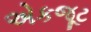
એકજૂટ